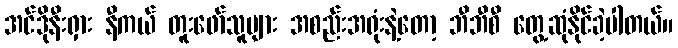
အင်ဒိုနီးရှား နီကယ် တူးဖော်သူများ အစည်းအရုံးနဲ့တော့ ဘီဘီစီ တွေ့ဆုံနိုင်ခဲ့ပါတယ်။